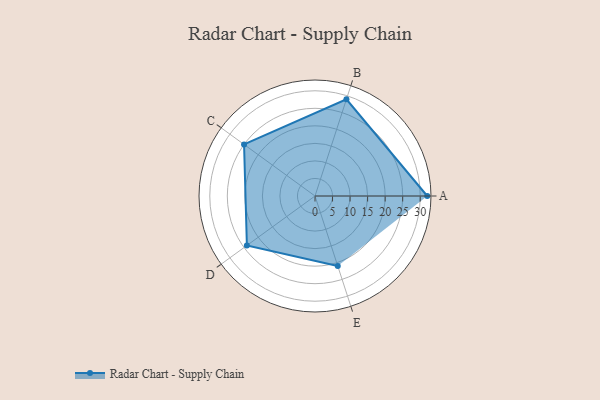
{"axis": {"x": "Skill", "y": "Score"}, "legend": ["Profile"], "data": [{"x": "A", "y": 32.0, "type": "Profile"}, {"x": "B", "y": 29.0, "type": "Profile"}, {"x": "C", "y": 25.0, "type": "Profile"}, {"x": "D", "y": 24.0, "type": "Profile"}, {"x": "E", "y": 21.0, "type": "Profile"}]}